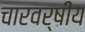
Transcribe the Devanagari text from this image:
चारवर्षीय